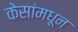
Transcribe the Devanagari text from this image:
केसांमधून